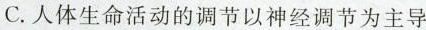
C.人体生命活动的调节以神经调节为主导